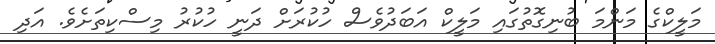
މަލީކްގެ މަންމަ ބުނިގޮތުގައި މަލީކް އަބަދުވެސް ހުކުރަށް ދަނީ ހުކުރު މިސްކިތަށެވެ. އަދި